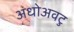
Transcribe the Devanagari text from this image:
अधोअवटु